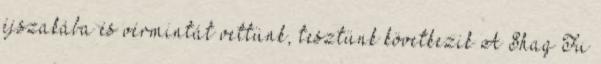
éjszakába és vérmintát vettünk, tesztünk következik A Shaq Fu